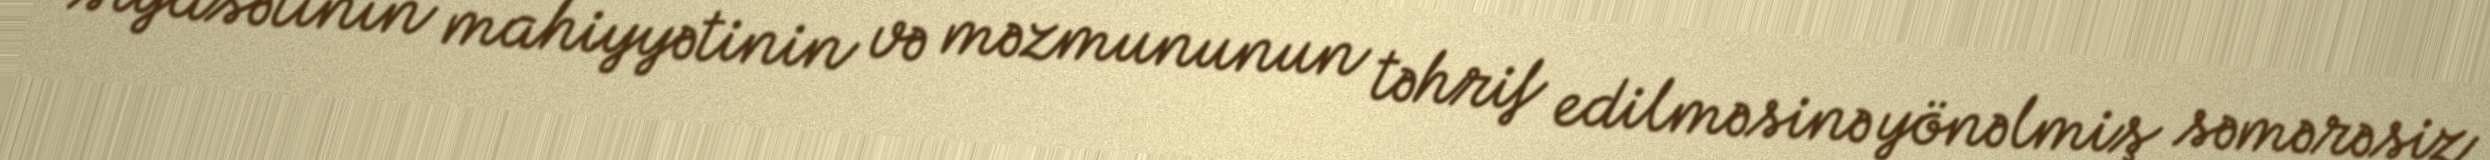
siyasətinin mahiyyətinin və məzmununun təhrif edilməsinə yönəlmiş səmərəsiz